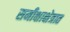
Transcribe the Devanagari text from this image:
समीक्षाक्षेत्रात